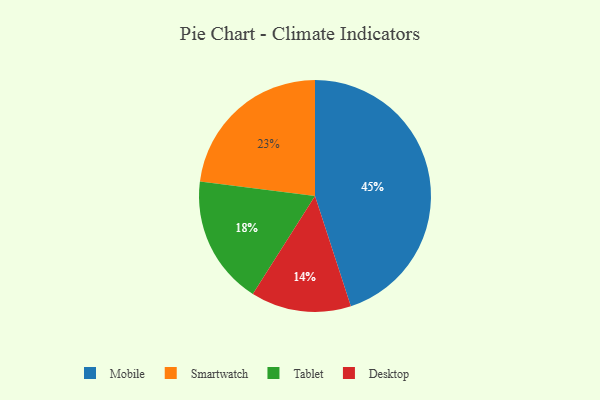
{"axis": {"x": "Category", "y": "Percentage"}, "legend": ["Desktop", "Mobile", "Smartwatch", "Tablet"], "data": [{"x": "Desktop", "y": 14, "type": "Desktop"}, {"x": "Tablet", "y": 18, "type": "Tablet"}, {"x": "Smartwatch", "y": 23, "type": "Smartwatch"}, {"x": "Mobile", "y": 45, "type": "Mobile"}]}